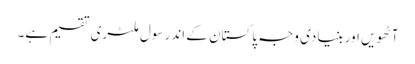
آٹھویں اور بنیادی وجہ پاکستان کے اندر سول ملٹری تقسیم ہے۔